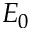
E _ { 0 }